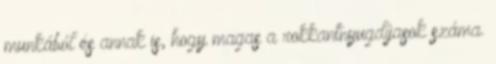
munkából és annak is, hogy magas a rokkantnyugdíjasok száma.